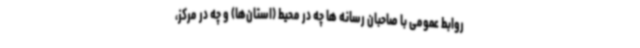
روابط عمومی با صاحبان رسانه ها چه در محیط (استان‌ها) و چه در مرکز،